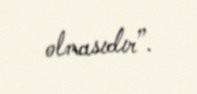
olmasıdır”.